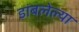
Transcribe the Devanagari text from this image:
डांबलेल्या